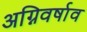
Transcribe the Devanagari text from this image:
अग्निवर्षाव